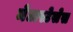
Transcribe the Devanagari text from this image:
मेटास्टेसेस